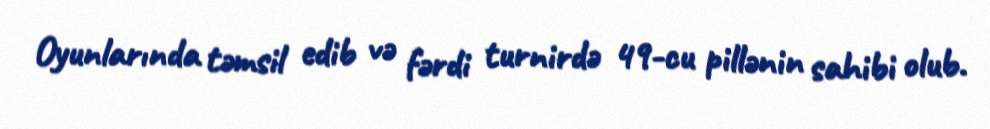
Oyunlarında təmsil edib və fərdi turnirdə 49-cu pillənin sahibi olub.